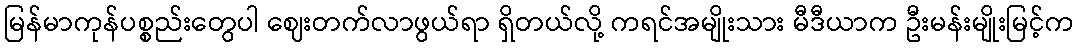
မြန်မာကုန်ပစ္စည်းတွေပါ ဈေးတက်လာဖွယ်ရာ ရှိတယ်လို့ ကရင်အမျိုးသား မီဒီယာက ဦးမန်းမျိုးမြင့်က